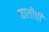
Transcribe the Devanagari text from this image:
चालींची